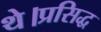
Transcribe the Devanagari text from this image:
थे।प्रसिद्ध